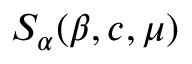
S _ { \alpha } ( \beta , c , \mu )